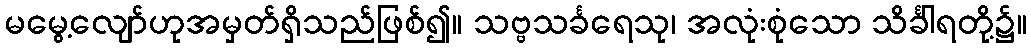
မမွေ့လျော်ဟုအမှတ်ရှိသည်ဖြစ်၍။ သဗ္ဗသင်္ခရေသု၊ အလုံးစုံသော သိင်္ခါရတို့၌။